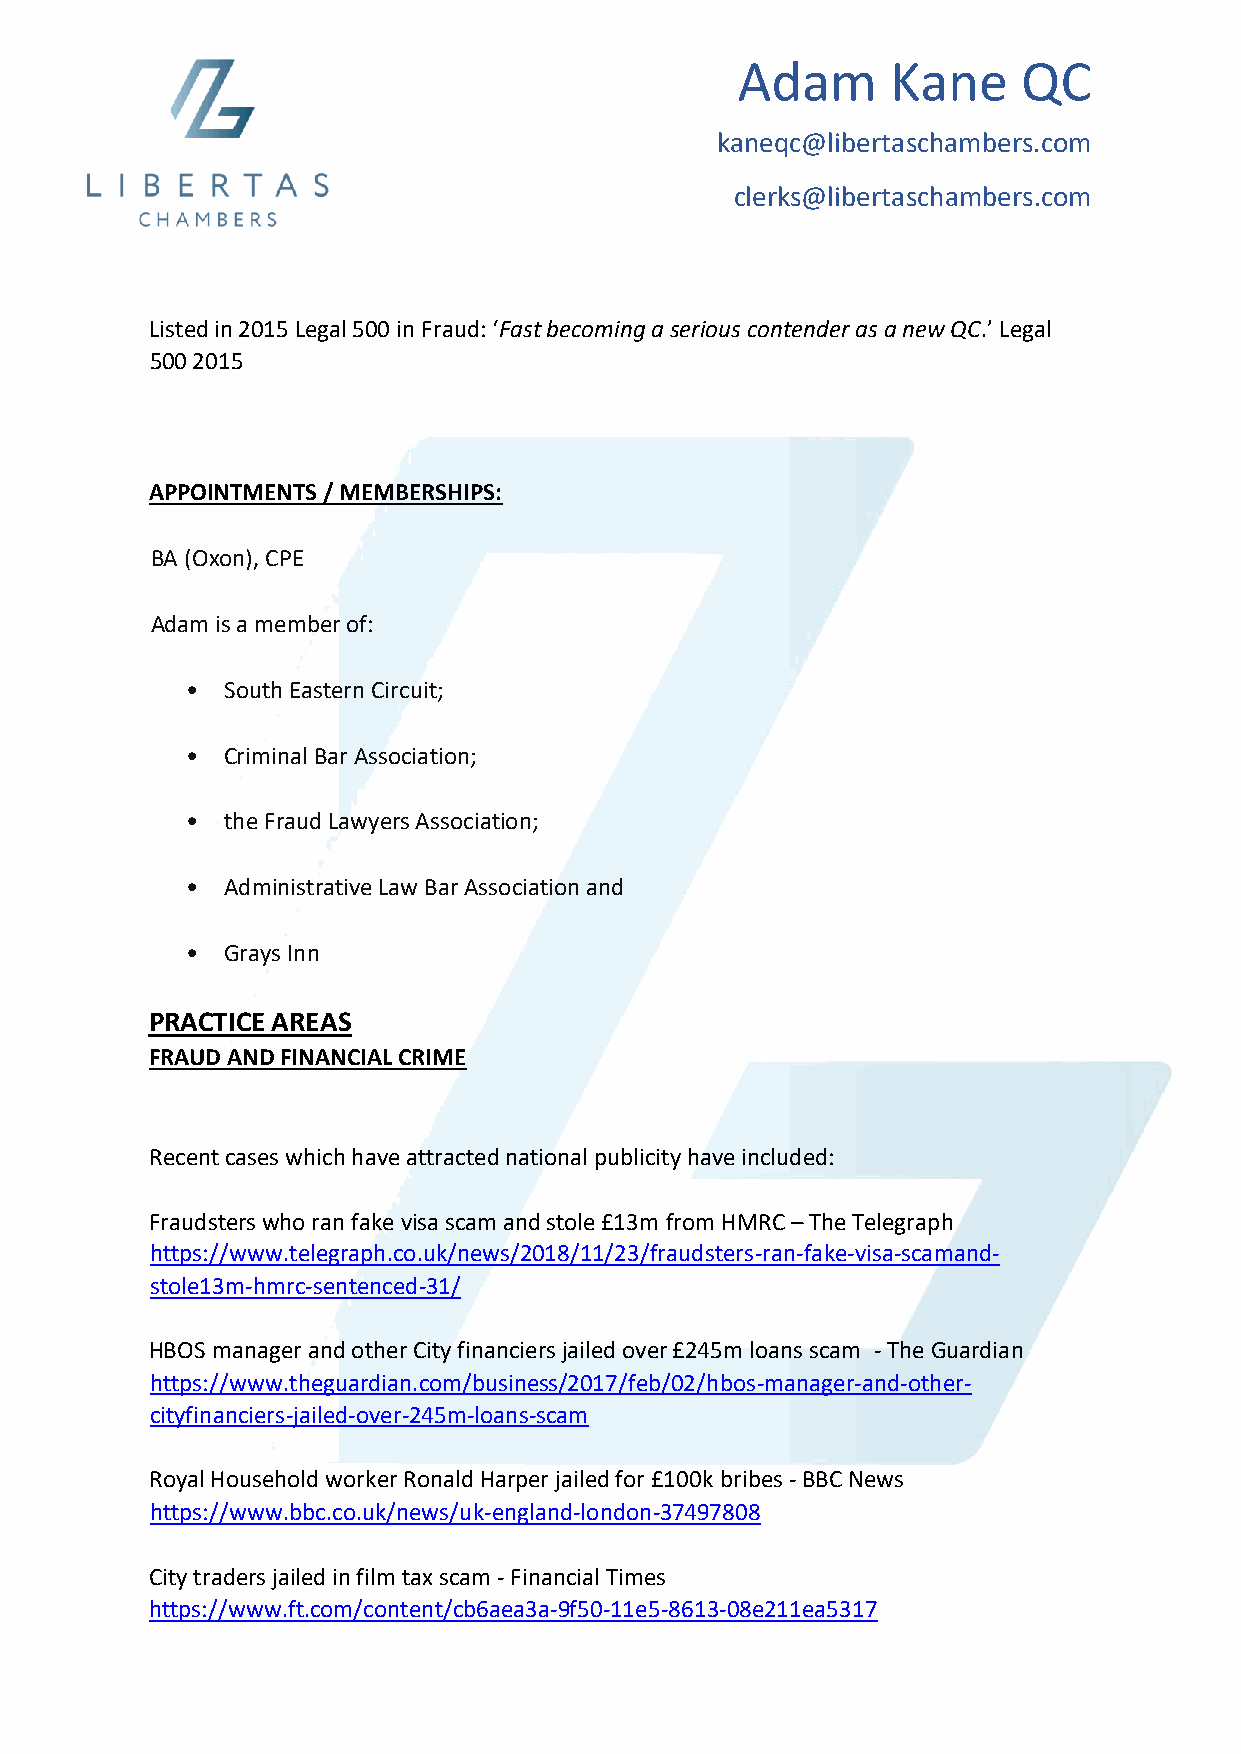
Adam      Kane     QC
 kaneqc@libertaschambers.com
 clerks@libertaschambers.com
 Listed in 2015 Legal 500 in Fraud: ‘Fast becoming a serious contender as a new QC.’ Legal
 500 2015
 APPOINTMENTS / MEMBERSHIPS:
 BA (Oxon), CPE
 Adam is a member of:
 •  South Eastern Circuit;
 •  Criminal Bar Association;
 •  the Fraud Lawyers Association;
 •  Administrative Law Bar Association and
 •  Grays Inn
 PRACTICE AREAS
 FRAUD AND FINANCIAL CRIME
 Recent cases which have attracted national publicity have included:
 Fraudsters who ran fake visa scam and stole £13m from HMRC – The Telegraph
 https://www.telegraph.co.uk/news/2018/11/23/fraudsters-ran-fake-visa-scamand-
 stole13m-hmrc-sentenced-31/
 HBOS manager and other City financiers jailed over £245m loans scam - The Guardian
 https://www.theguardian.com/business/2017/feb/02/hbos-manager-and-other-
 cityfinanciers-jailed-over-245m-loans-scam
 Royal Household worker Ronald Harper jailed for £100k bribes - BBC News
 https://www.bbc.co.uk/news/uk-england-london-37497808
 City traders jailed in film tax scam - Financial Times
 https://www.ft.com/content/cb6aea3a-9f50-11e5-8613-08e211ea5317